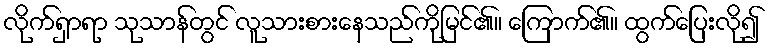
လိုက်ရှာရာ သုသာန်တွင် လူသားစားနေသည်ကိုမြင်၏။ ကြောက်၏။ ထွက်ပြေးလို၍